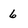
Character: 6